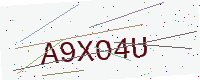
Text: A9XO4U